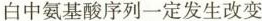
白中氨基酸序列一定发生改变